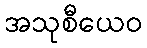
အသုစီယေဝ